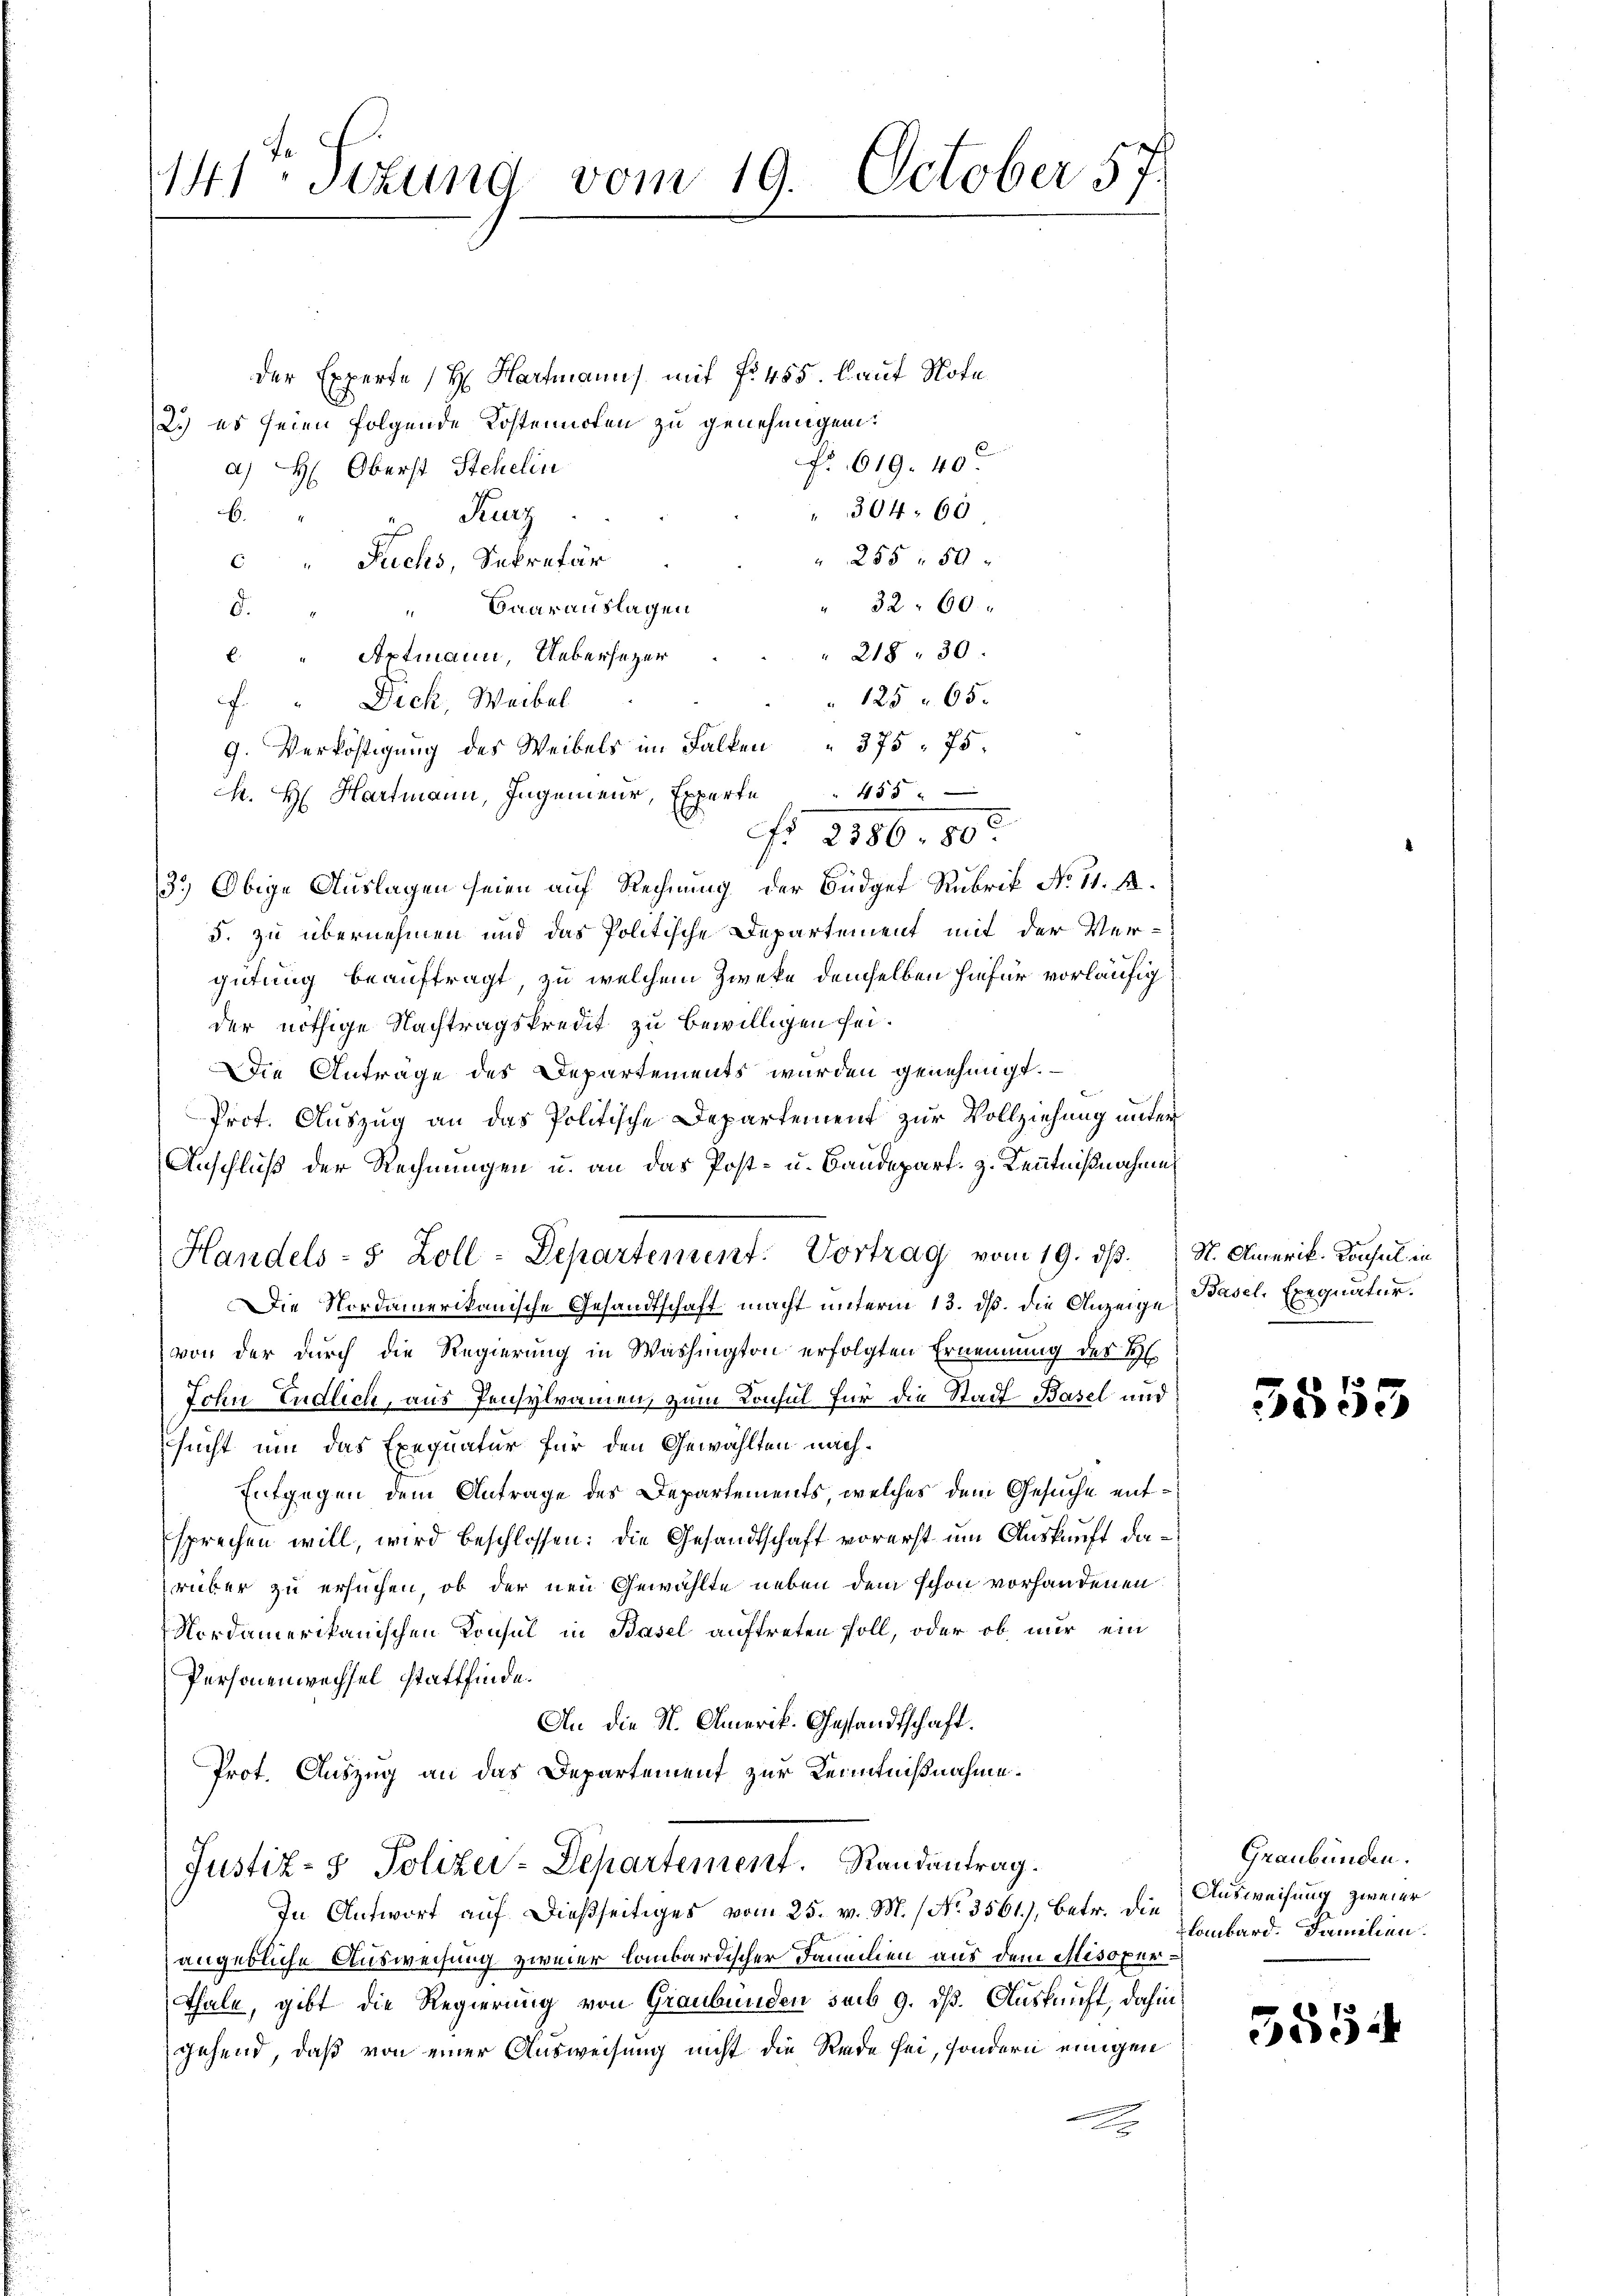
141. Setzung vom 19. October 57.

der Experte H. Hartmanns mit No 455. laut Note
2.) es seien folgende Kostennoten zu genehmigen:
fr. 619. 400
a) H: Oberst Stehelin
304. 60
E
Kurz
a
" 255 f 50
 " Fuchs, Sekretär
" 3260.
 Baarauslagen
d.
218. 30.
l " Aptmann, Uebersezer
125 " 65.
. " Dick, Weibel
9. Verköstigung des Weibels im Falken " 375. 75.
M. H. Hartmann, Ingenieur, Experte " 455
No 1350, 805.
3.) Obige Auslagen seien auf Rechnung der Büdget Rubrik No 11. A.
5. zu übernehmen und das Politische Departement mit der Ver-
gütung beauftragt, zu welchem Zweke demselben hiefür vorläufig
der nöthige Nachtragskredit zu bewilligen sei.
DDie Anträge des Departements wurden genehmigt.
Prot. Auszug an das Politische Departement zur Vollziehung unter
Anschluß der Rechnungen u. an das Post- u. Baudepart, z. Kenntnißnahmen
Handels- 5 Zoll-Departement: Vortrag vom 19. ds. S. Amerik. Konsul in
Die Nordamerikanische Gesandtschaft macht unterm 13. ds. die Anzeige, Basel Exequatur.
von der durch die Regierung in Washington erfolgten Ernennung des H
John Endlich, aus Pensylramen, zum Konsul für die Stadt Basel und
sucht um das Exequatur für den Gewählten nach¬
Entgegen dem Antrage des Departements, welches dem Gesuche entsprechen will, wird beschlossen: die Gesandtschaft vorerst um Auskunft darüber zu ersuchen, ob der neu Gewählte neben dem schon vorhandenen
Nordamerikanischen Konsul in Basel auftreten soll, oder ob nur ein
Personenwechsel stattfinde.
An die N. Omerik. Gesandtschaft.
Prot. Auszug an das Departement zur Kenntnißnahme.
Justiz- & Polizei-Departement. Randantrag.
In Antwort auf dießseitiges vom 25. v. M. / No. 3561), betr. die Ausweisung zweier
angebliche Ausweisung zweier lombardischer Familien aus dem Mesoperthale, gibt die Regierung von Graubünden seib 9. dß. Auskunft, dahin
gehend, daß von einer Ausweisung nicht die Rede sei, sondern einigen
c

5855

Graubünden.
lombard. Familien.

555